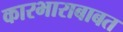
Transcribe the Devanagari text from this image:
कारभाराबाबत